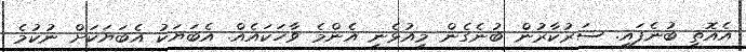
އެއޮތީ ބުނެފައި. ސަރުކާރުން ބުނެގެން މިއުޅެނީ އެންމެ ވާހަކައެއް. އެބަޔަކު އެބަޔަކަށް ނުކުމެ